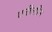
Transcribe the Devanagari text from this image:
एनीलीन